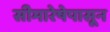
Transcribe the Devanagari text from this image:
सीमारेषेपासून